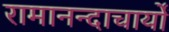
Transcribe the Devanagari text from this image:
रामानन्दाचार्यों